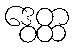
ဒွေတ္ထ